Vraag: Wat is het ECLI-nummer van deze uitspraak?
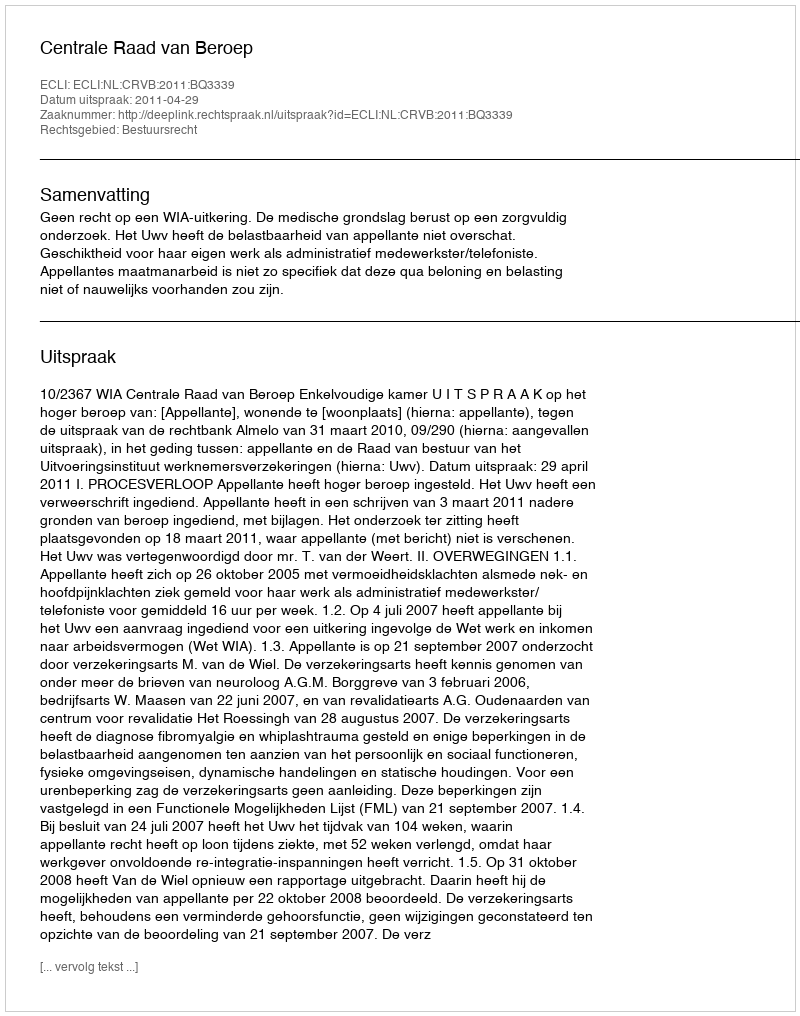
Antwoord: ECLI:NL:CRVB:2011:BQ3339